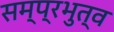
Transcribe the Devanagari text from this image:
सम्प्रभुत्व